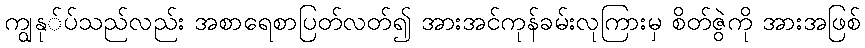
ကျွနု်ပ်သည်လည်း အစာရေစာပြတ်လတ်၍ အားအင်ကုန်ခမ်းလုကြားမှ စိတ်ဇွဲကို အားအဖြစ်